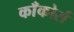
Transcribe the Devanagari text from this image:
काँकोर्स